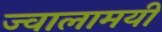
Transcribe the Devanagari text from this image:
ज्‍वालामयी